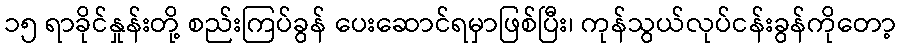
၁၅ ရာခိုင်နှုန်းတို့ စည်းကြပ်ခွန် ပေးဆောင်ရမှာဖြစ်ပြီး၊ ကုန်သွယ်လုပ်ငန်းခွန်ကိုတော့